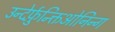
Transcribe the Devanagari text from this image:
उन्देर्फ़ुन्क्तिओनिन्ग